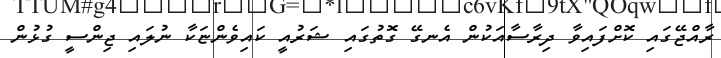
ރާއްޖޭގައި ކޮށްފައިވާ ދިރާސާއަކުން އެނގޭ ގޮތުގައި ޝަރުއީ ކައިވެންޏަކާ ނުލައި ޖިންސީ ގުޅުން